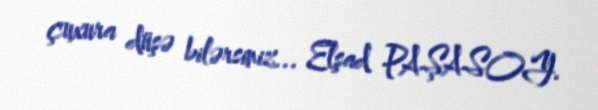
çuxura düşə bilərsiniz... Elşad PAŞASOY.